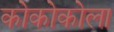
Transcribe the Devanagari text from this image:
कोकोकोला